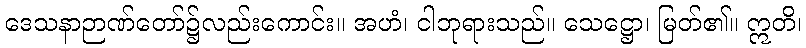
ဒေသနာဉာဏ်တော်၌လည်းကောင်း။ အဟံ၊ ငါဘုရားသည်။ သေဋ္ဌော၊ မြတ်၏။ ဣတိ၊